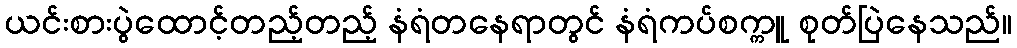
ယင်းစားပွဲထောင့်တည့်တည့် နံရံတနေရာတွင် နံရံကပ်စက္ကူ စုတ်ပြဲနေသည်။